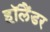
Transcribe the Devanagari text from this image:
हॉलैंडर